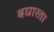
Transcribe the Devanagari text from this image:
बघारता